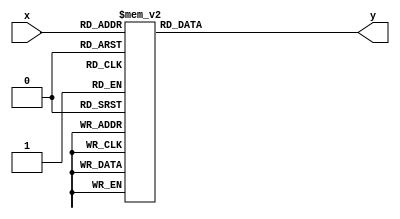
module lab7_2
(
	input [3:0] x,
	output reg y
);

	always @* 
	begin
		case(x)
			 'b0000: y<= 0;
			 'b0001: y<= 0;
			 'b0010: y<= 0;
			 'b0011: y<= 0;
 			 'b0100: y<= 0;
			 'b0101: y<= 0;
			 'b0110: y<= 0;
			 'b0111: y<= 0;
			 'b1000: y<= 0;
			 'b1001: y<= 0;
			 'b1010: y<= 0;
			 'b1011: y<= 0;
 			 'b1100: y<= 0;
			 'b1101: y<= 0;
			 'b1110: y<= 0;
			 'b1111: y<= 1; 
		endcase
	end

endmodule